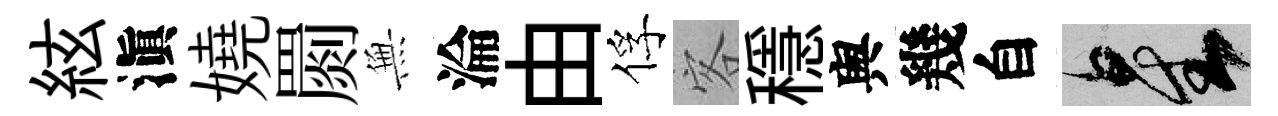
絃滇嬈罽𭴾淪由俘客穩舆幾自星